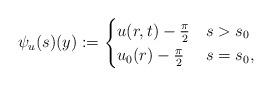
LaTeX: \begin{align*} \psi_{u}(s)(y):= \begin{cases} u(r,t)-\frac{\pi}{2}& s>s_{0}\\ u_{0}(r)-\frac{\pi}{2} & s = s_{0}, \end{cases}\end{align*}